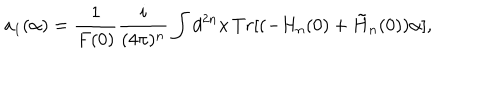
a _ { 1 } ( \alpha ) = \frac { 1 } { F ( 0 ) } \frac { i } { ( 4 \pi ) ^ { n } } \int d ^ { 2 n } x \, T r [ ( - H _ { n } ( 0 ) + \tilde { H } _ { n } ( 0 ) ) \alpha ] ,